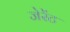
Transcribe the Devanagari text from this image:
जेरेंट